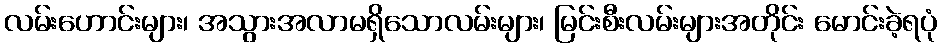
လမ်းဟောင်းများ၊ အသွားအလာမရှိသောလမ်းများ၊ မြင်းစီးလမ်းများအတိုင်း မောင်းခဲ့ရပုံ